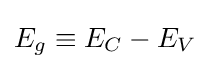
E_{g}\equiv E_{C}-E_{V}